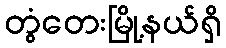
တွံတေးမြို့နယ်ရှိ